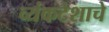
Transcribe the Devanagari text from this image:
व्यंकटेशाचे